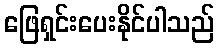
ဖြေရှင်းပေးနိုင်ပါသည်